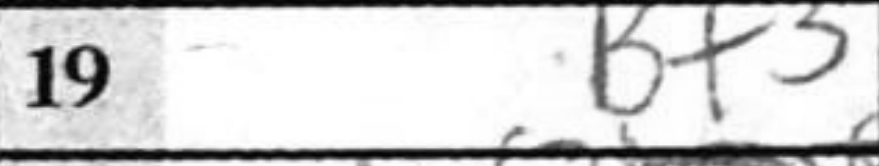
Transcription: Bf3